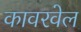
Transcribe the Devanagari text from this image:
कावरवेल